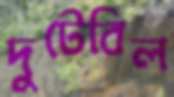
দুটেবিল